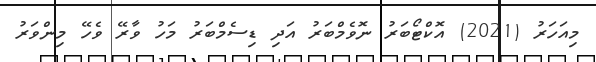
މިއަހަރު (2021) އޮކްޓޯބަރު ނޮވެމްބަރު އަދި ޑިސެމްބަރު މަހު ވާރޭ ވެހޭ މިންވަރު